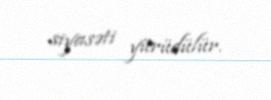
siyasəti yürüdülür.